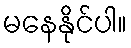
မနေနိုင်ပါ။